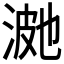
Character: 𭰿